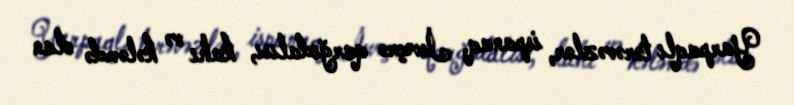
Yarpaqlı tərəvəzlər, ispanaq, İsveçrə qarğıdalısı, kahı və kələmdə olan